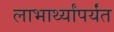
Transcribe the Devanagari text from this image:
लाभार्थ्यांपर्यंत